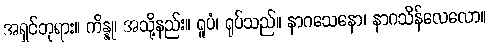
အရှင်ဘုရား။ ကိန္နု၊ အသို့နည်း။ ရူပံ၊ ရုပ်သည်။ နာဂသေနော၊ နာဂသိန်လေလော။